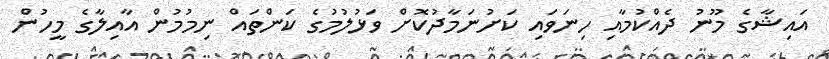
އައިޝާގެ މޫނު ދެއްކުމާއި ހިނަވައި ކަށުނަމާދުކޮށް ވަޅުލުމުގެ ކަންތައް ނިމުމުން އާއިލާގެ މީހުން